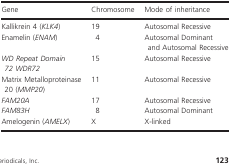
<table><thead><tr><td><b>Gene</b></td><td><b>Chromosome</b></td><td><b>Mode of inheritance</b></td></tr></thead><tbody><tr><td>Kallikrein 4 (<i>KLK4</i>)</td><td>19</td><td>Autosomal Recessive</td></tr><tr><td>Enamelin (<i>ENAM</i>)</td><td>4</td><td>Autosomal Dominant and Autosomal Recessive</td></tr><tr><td><i>WD Repeat Domain 72 WDR72</i></td><td>15</td><td>Autosomal Recessive</td></tr><tr><td>Matrix Metalloproteinase 20 (<i>MMP20</i>)</td><td>11</td><td>Autosomal Recessive</td></tr><tr><td><i>FAM20A</i></td><td>17</td><td>Autosomal Recessive</td></tr><tr><td><i>FAM83H</i></td><td>8</td><td>Autosomal Dominant</td></tr><tr><td>Amelogenin (<i>AMELX</i>)</td><td>X</td><td>X‐linked</td></tr></tbody></table>